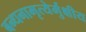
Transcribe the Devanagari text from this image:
बन्धनामृत्येर्मुक्षीय